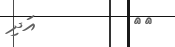
٢٥         އަދި